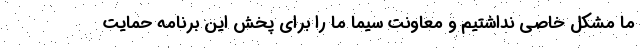
ما مشکل خاصی نداشتیم و معاونت سیما ما را برای پخش این برنامه حمایت